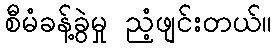
စီမံခန့်ခွဲမှု ညံ့ဖျင်းတယ်။